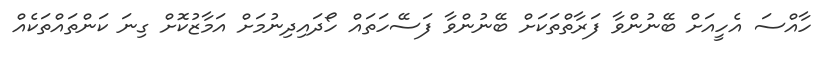
ހާއްސަ އެހީއަށް ބޭނުންވާ ފަރާތްތަކަށް ބޭނުންވާ ފަސޭހަތައް ހޯދައިދިނުމަށް އަމާޒުކޮށް ގިނަ ކަންތައްތަކެއް